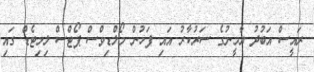
ރައީސް އަބުދު ޔާމީނުގެ ސަރުކާރު އައި ފަހުން މޯލްޑިވްސް ޕޯޓްސް ލިމިޓެޑް ގައި